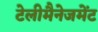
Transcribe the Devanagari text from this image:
टेलीमैनेजमेंट